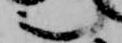
之